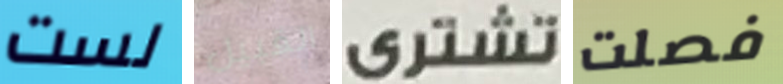
لست القبيل تشترى فصلت